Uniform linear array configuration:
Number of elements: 16
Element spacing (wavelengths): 0.5
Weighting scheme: hamming
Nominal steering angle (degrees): -15
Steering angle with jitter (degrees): -16.017
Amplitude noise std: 0.05
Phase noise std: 0.05

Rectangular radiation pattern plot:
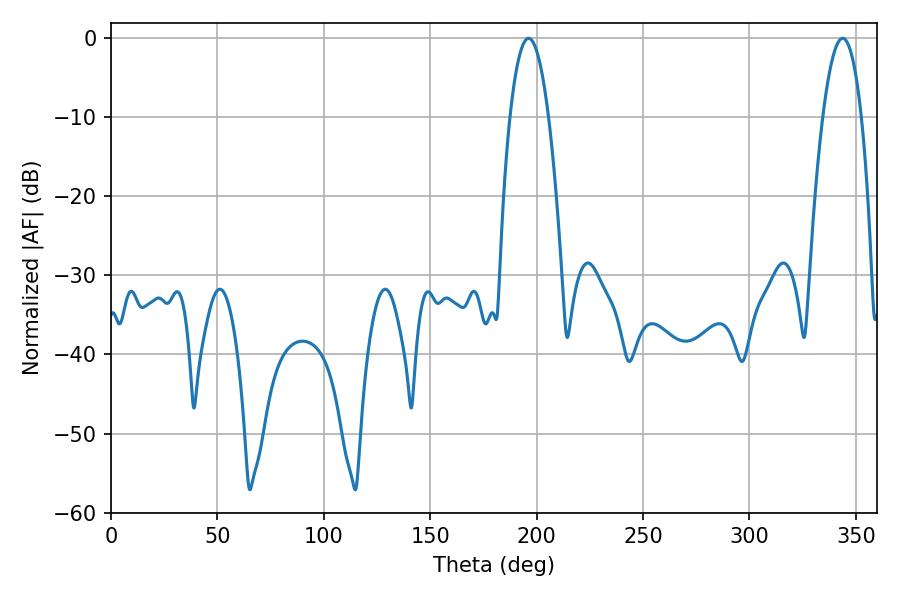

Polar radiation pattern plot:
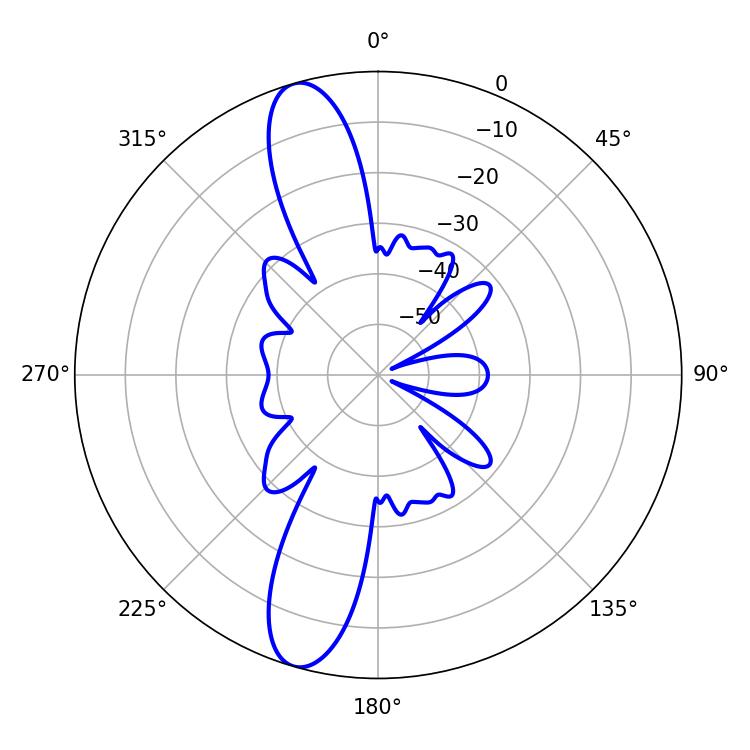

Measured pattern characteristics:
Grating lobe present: FALSE
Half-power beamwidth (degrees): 9.9
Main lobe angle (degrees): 343.8